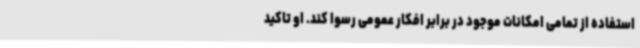
استفاده از تمامی امکانات موجود در برابر افکار عمومی رسوا کند. او تاکید